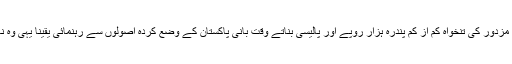
مہنگائی پر قابو پانے، مزدور کی تنخواہ کم از کم پندرہ ہزار روپے اور پالیسی بناتے وقت بانیؒ پاکستان کے وضع کردہ اصولوں سے رہنمائی یقیناً یہی وہ نعرے اور وعدے تھے۔